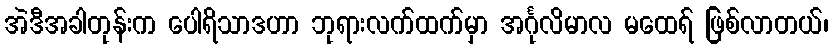
အဲဒီအခါတုန်းက ပေါရိသာဒဟာ ဘုရားလက်ထက်မှာ အင်္ဂုလိမာလ မထေရ် ဖြစ်လာတယ်၊